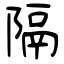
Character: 隔